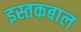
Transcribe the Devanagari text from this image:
इस्तकबाल